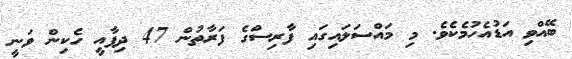
ބޭއްވި އަޑުއެހުމެކެވެ. މި މައްސަލައިގައި ފާރިސްގެ ފަރާތުން 47 ދިފާއީ ހެކިން ވަނީ